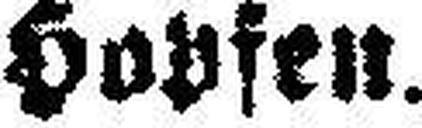
Hopfen.